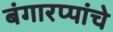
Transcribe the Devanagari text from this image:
बंगारप्पांचे